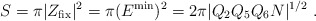
\begin{align*}S= \pi |Z_{\rm fix}|^2 = \pi (E^{\rm min})^2 = 2\pi |Q_2 Q_5 Q_6 N|^{1/2} \ .\end{align*}